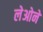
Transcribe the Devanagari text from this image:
लेओने